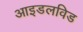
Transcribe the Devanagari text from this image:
आइडलविड